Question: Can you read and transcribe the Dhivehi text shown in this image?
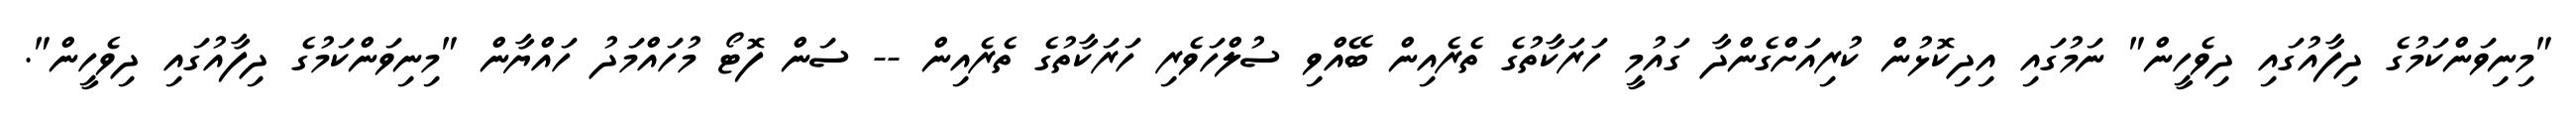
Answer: "މިނިވަންކަމުގެ ދިފާއުގައި ދިވެހީން" ނަމުގައި އިދިކޮޅުން ކުރިއަށްގެންދާ ގައުމީ ހަރަކާތުގެ ތެރެއިން ބޭއްވި ސުލްހަވެރި ހަރަކާތުގެ ތެރެއިން -- ސަން ފޮޓޯ މުހައްމަދު ހައްޔާން "މިނިވަންކަމުގެ ދިފާއުގައި ދިވެހީން".